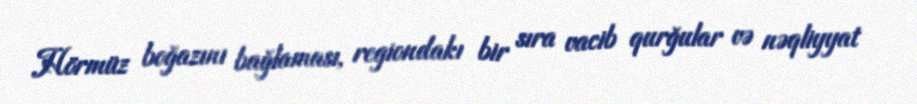
Hörmüz boğazını bağlaması, regiondakı bir sıra vacib qurğular və nəqliyyat